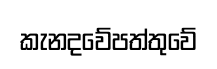
කැනදවේපත්තුවේ